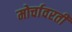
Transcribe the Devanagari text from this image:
मोर्चावरती